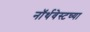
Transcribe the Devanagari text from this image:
नॉर्थवेस्टच्या